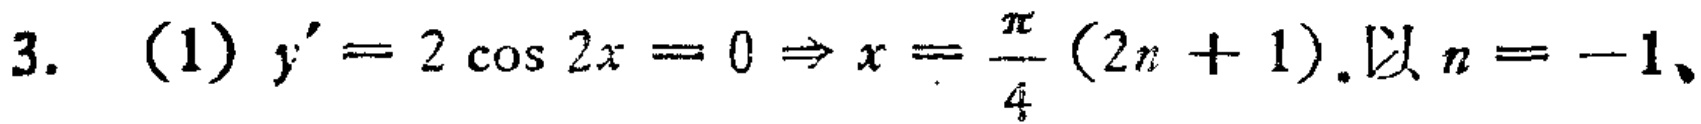
3. (1) \(y^{\prime}=2\cos 2x = 0\Rightarrow x=\frac{\pi}{4}(2n + 1)\). 以 \(n = - 1\)、